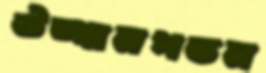
উত্থানপতন